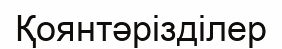
Қоянтәрізділер